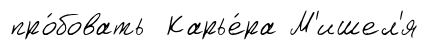
про́бовать Карье́ра М'ишел'я